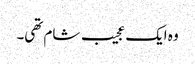
وہ ایک عجیب شام تھی۔